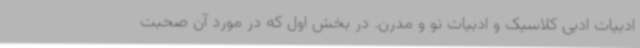
ادبیات ادبی کلاسیک و ادبیات نو و مدرن. در بخش اول که در مورد آن صحبت